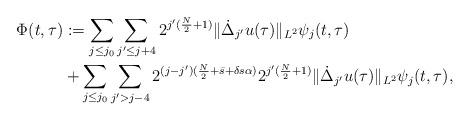
LaTeX: \begin{align*}\begin{aligned} \Phi(t,\tau)& := \sum_{j\le j_0} \sum_{j'\le j+4}2^{j'(\frac{N}{2} +1)} \Vert \dot\Delta_{j'}u(\tau) \Vert_{L^2}\psi_j(t,\tau) \\& +\sum_{j\le j_0}\sum_{j'>j-4}2^{(j-j')(\frac{N}{2}+\bar{s} + \delta s \alpha)}2^{j'(\frac{N}{2}+1)} \Vert \dot\Delta_{j'}u(\tau) \Vert_{L^2}\psi_j(t,\tau) ,\end{aligned}\end{align*}